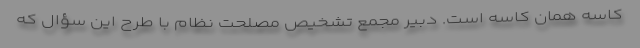
کاسه همان کاسه است. دبیر مجمع تشخیص مصلحت نظام با طرح این سؤال که